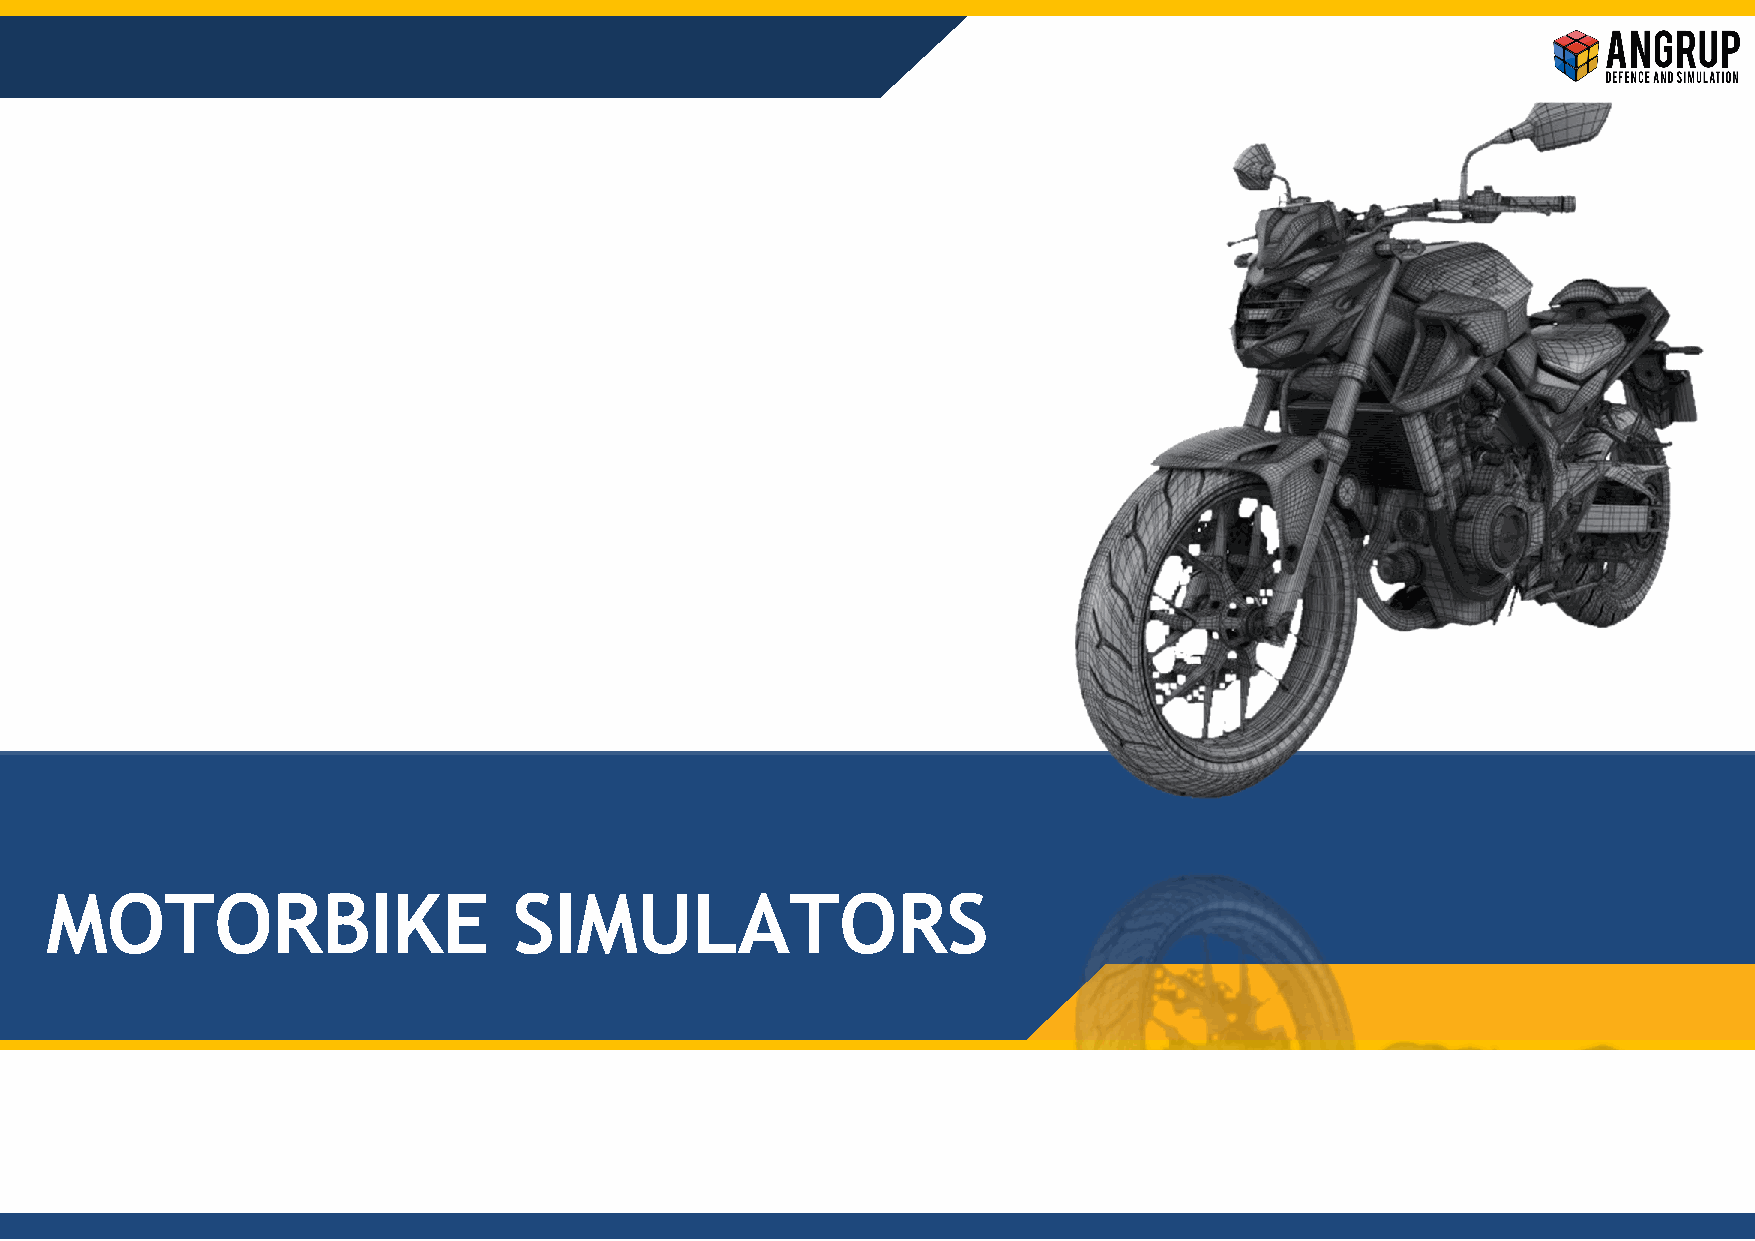
MOTORBIKE                      SIMULATORS
 13